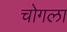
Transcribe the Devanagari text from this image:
चोगला